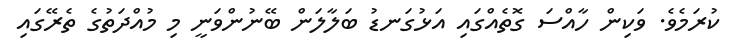
ކުރަމެވެ. ވަކިން ހާއްސަ ގޮތެއްގައި އަޅުގަނޑު ބަލާލަން ބޭނުންވަނީ މި މުއްދަތުގެ ތެރޭގައި